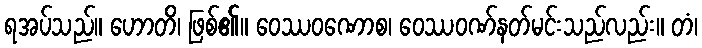
ရအပ်သည်။ ဟောတိ၊ ဖြစ်၏။ ဝေဿဝဏောစ၊ ဝေဿဝဏ်နတ်မင်းသည်လည်း။ တံ၊